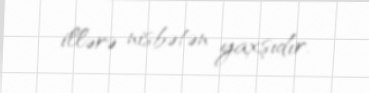
illərə nisbətən yaxşıdır.